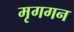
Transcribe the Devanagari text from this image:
मृगगन